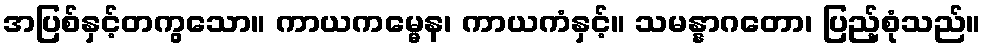
အပြစ်နှင့်တကွသော။ ကာယကမ္မေန၊ ကာယကံနှင့်။ သမန္နာဂတော၊ ပြည့်စုံသည်။